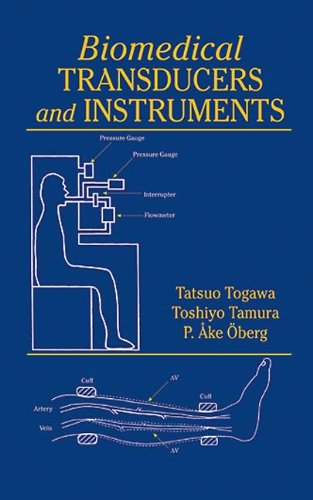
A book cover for Biomedical TRANSDUCERS and INSTRUMENTS; Tatsuo Togawa; Medical Books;